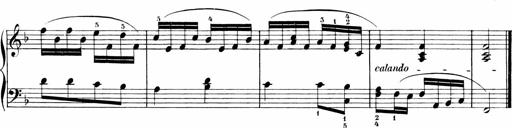
Title: 6 Liedersonatinen
Composer: Carl Reinecke